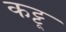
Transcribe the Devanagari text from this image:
कट्टू